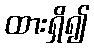
ထားရှိ၍